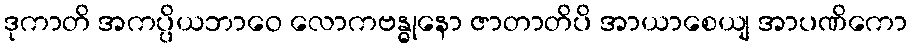
ဒုကာတိ အကပ္ပိယဘာဝေ လောကဗန္ဓုနော ဇာတာတိပိ အာယာစေယျ အာပဏိကော